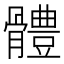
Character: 體